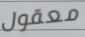
معقول